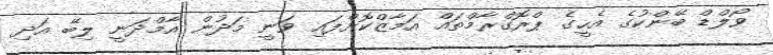
ވޯލްޑް ބޭންކުގެ އެހީގެ ޕްރޮގްރާމްތައް އަމާޒްކޮށްފައި ވަނީ މަދުން އާމްދަނީ ލިބޭ އަދި